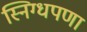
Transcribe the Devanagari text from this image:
स्निग्धपणा